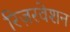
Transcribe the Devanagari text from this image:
रिज़रवेशन